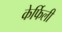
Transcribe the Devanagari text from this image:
केर्फिली